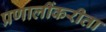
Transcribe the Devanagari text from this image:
प्रणालींकरीता